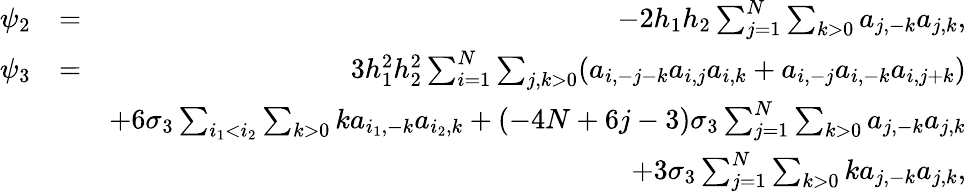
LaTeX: \begin{array}{rlr}{\psi_{2}}&{=}&{-2h_{1}h_{2}\sum_{j=1}^{N}\sum_{k>0}a_{j,-k}a_{j,k},}\\ {\psi_{3}}&{=}&{3h_{1}^{2}h_{2}^{2}\sum_{i=1}^{N}\sum_{j,k>0}(a_{i,-j-k}a_{i,j}a_{i,k}+a_{i,-j}a_{i,-k}a_{i,j+k})}\\ &{}&{+6\sigma_{3}\sum_{i_{1}<i_{2}}\sum_{k>0}ka_{i_{1},-k}a_{i_{2},k}+(-4N+6j-3)\sigma_{3}\sum_{j=1}^{N}\sum_{k>0}a_{j,-k}a_{j,k}}\\ &{}&{+3\sigma_{3}\sum_{j=1}^{N}\sum_{k>0}ka_{j,-k}a_{j,k},}\end{array}